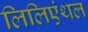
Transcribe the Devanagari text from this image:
लिलिएंथल